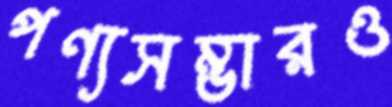
পণ্যসম্ভারও